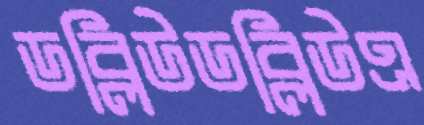
ডব্লিউডব্লিউএ